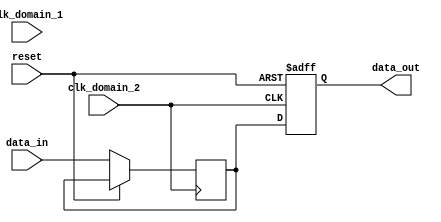
module asynchronous_fifo_sync(
    input wire clk_domain_1,
    input wire clk_domain_2,
    input wire reset,
    input wire data_in,
    output reg data_out
);

reg synchronized_data;

// Timing Control Block
always @(posedge clk_domain_1 or posedge reset) begin
    if (reset) begin
        // Reset handshaking signals
    end else begin
        // Manage handshaking signals
    end
end

// Synchronization Block
always @(posedge clk_domain_2 or posedge reset) begin
    if (reset) begin
        // Reset synchronization logic
    end else begin
        // Synchronize data and align with destination clock domain
        synchronized_data <= data_in;
    end
end

// Output synchronized data
always @(posedge clk_domain_2 or posedge reset) begin
    if (reset) begin
        // Reset output data
        data_out <= 0;
    end else begin
        // Output synchronized data
        data_out <= synchronized_data;
    end
end

endmodule